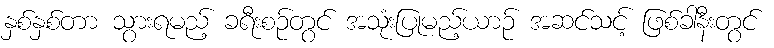
နှစ်နှစ်တာ သွားရမည့် ခရီးစဉ်တွင် အသုံးပြုမည့်ယာဉ် အဆင်သင့် ဖြစ်ခါနီးတွင်